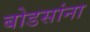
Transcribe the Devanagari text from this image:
बोडसांना